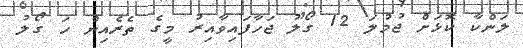
ލަންކާ ކޮޅަށް ޖުމުލަ 12 ގޯލު ޖަހާފައިވާއިރު މީގެ ތެރެއިން ހަ ގޯލު